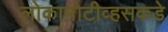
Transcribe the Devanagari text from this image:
लोकामोटीव्हसकडे